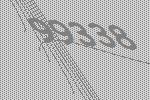
99338